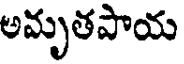
అమృతపాయ